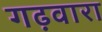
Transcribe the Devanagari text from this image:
गढ़वारा